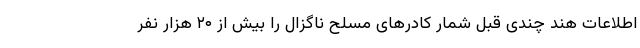
اطلاعات هند چندی قبل شمار کادرهای مسلح ناگزال را بیش از ۲۰ هزار نفر